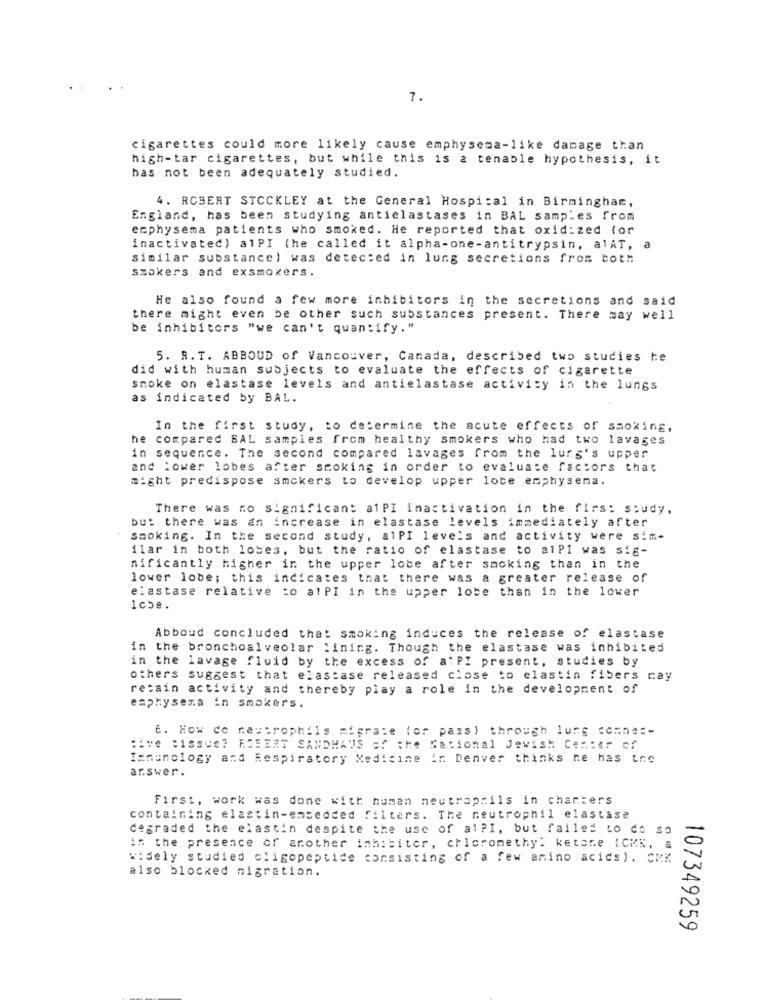
7.
cigarettes could more likely cause emphysema-like damage than
high-tar cigarettes, but while this is a tenable hypothesis, it
has not been adequately studied.
4. ROBERT STCCKLEY at the General Hospital in Birmingham,
England, has been studying antielastases in BAL samples from
emphysema patients who smoked. He reported that oxid: zed (or
inactivatec) alPI (he called it alpha-one-antitrypsin, alAT, a
similar substance) was detected in lung secretions from both
smokers and exsmokers.
He also found a few more inhibitors in the secretions and said
there might even be other such substances present. There may well
be inhibitors "we can't quantify."
5. R. T. ABBOUD of Vancouver, Canada, described two studies he
did with human subjects to evaluate the effects of cigarette
smoke on elastase levels and antielastase activity in the lungs
as indicated by BAL.
In the first study, to determine the acute effects of smoking,
he compared BAL samples from healthy smokers who had two lavages
in sequence. The second compared lavages from the lung's upper
and lower lobes after smoking in order to evaluate factors that
might predispose smckers to develop upper lote emphysema.
There was no significant alPI inactivation in the firs: study.
but there was an increase in elastase levels immediately after
Smoking. In the second study, alPI levels and activity were sim-
ilar in both lobes, but the ratio of elastase to alPI was sig-
nificantly higher ir the upper lobe after smoking than in the
lower lobe; this indicates that there was a greater release of
elastase relative to alPI in the upper lobe than in the lower
1cbe.
Abboud concluded that smoking induces the release of elastase
in the bronchoalveolar lining. Though the elastase was inhibited
in the lavage fluid by the excess of a'PI present, studies by
others suggest that elastase released close to elastin fibers cay
retain activity and thereby play a role in the development of
emphysema in smokers.
6. How do neutrophils migrate (or pass) through lung comne :-
:ive "ISSUE? EDEERT SANDHAUS of the National Jewish Center of
Immunology and Respiratory Medicine in Denver thinks he has tne
ar.swer.
First, work was done with human neutrophils in charters
containing elastin-embedded filters. The neutrophil elastase
degraded the elastin despite the use of al?I, but failed to do so
in the presence of another inhibitor, chloromethyl ketone (CMK, a
widely studied oligopeptide consisting of a few amino acids). CMK
also blocked migration.
107349259